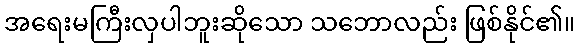
အရေးမကြီးလှပါဘူးဆိုသော သဘောလည်း ဖြစ်နိုင်၏။